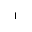
^ 1